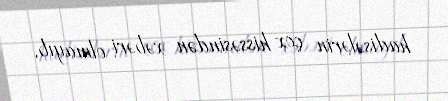
hadisələrin çox hissəsindən xəbəri olmayıb.